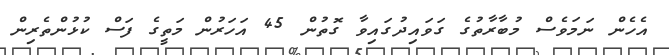
އެހެން ނަމަވެސް މުބާރާތުގެ ގަވައިދުގައިވާ ގޮތުން 45 އަހަރުން މަތީގެ ފަސް ކުޅުންތެރިން